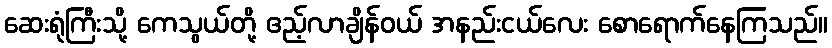
ဆေးရုံကြီးသို့ ကေသွယ်တို့ ဧည့်လာချိန်ဝယ် အနည်းငယ်လေး စောရောက်နေကြသည်။